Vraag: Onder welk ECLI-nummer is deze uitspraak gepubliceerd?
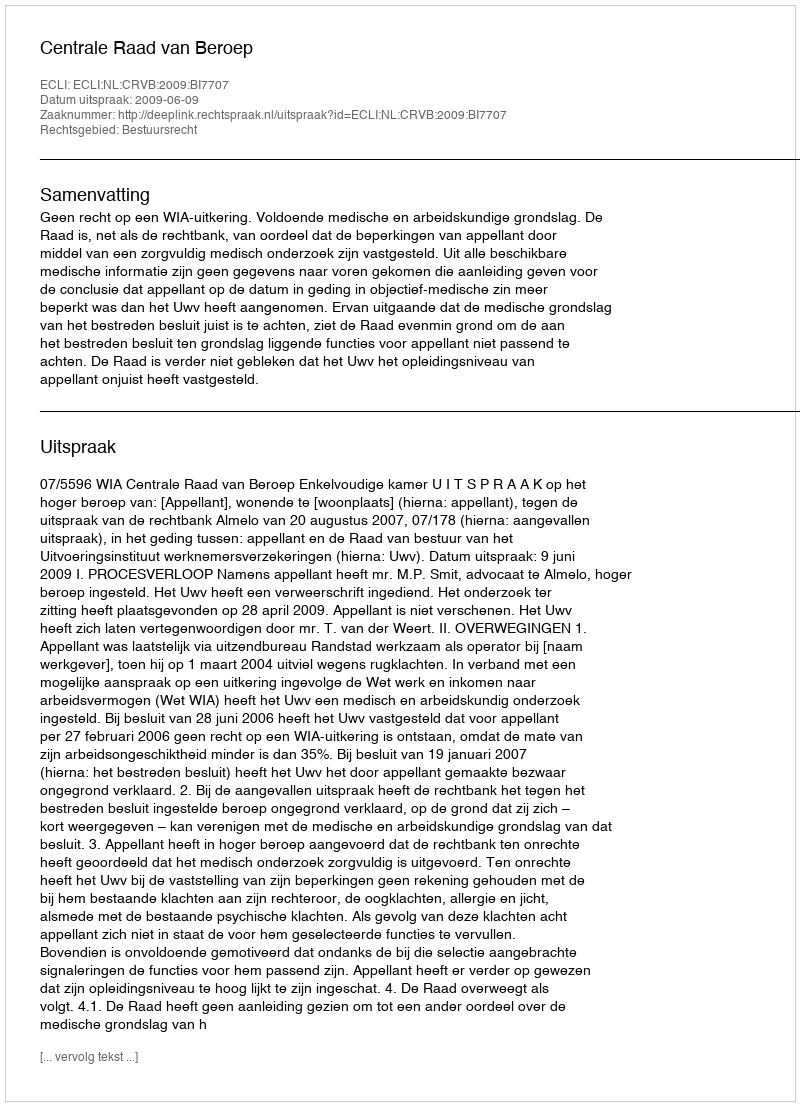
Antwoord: ECLI:NL:CRVB:2009:BI7707